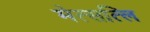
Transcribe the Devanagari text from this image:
मेत्सत्लि